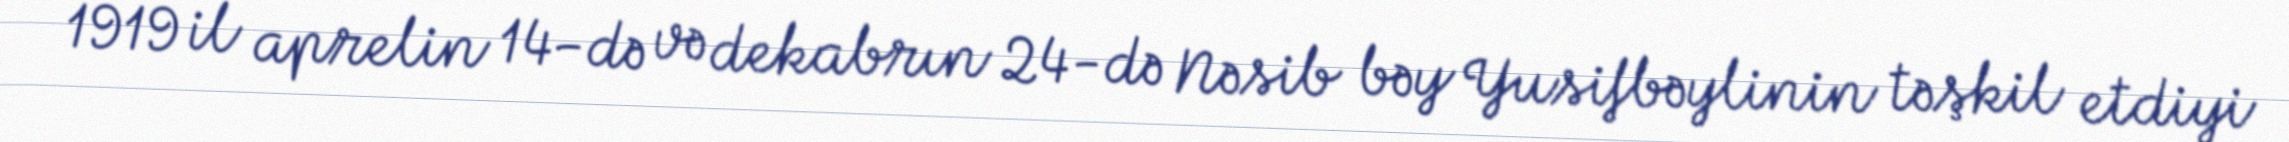
1919 il aprelin 14-də və dekabrın 24-də Nəsib bəy Yusifbəylinin təşkil etdiyi